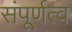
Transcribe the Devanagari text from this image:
संपूर्णत्व